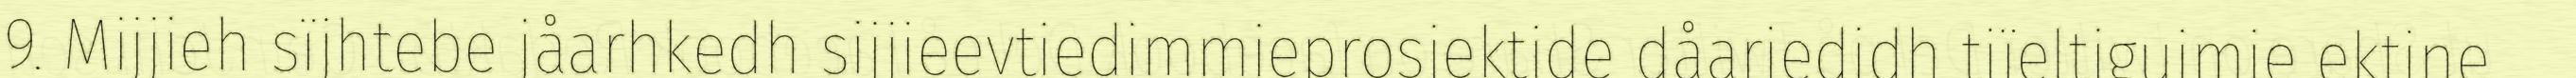
9. Mijjieh sïjhtebe jåarhkedh sijjieevtiedimmieprosjektide dåarjedidh tjïeltigujmie ektine,